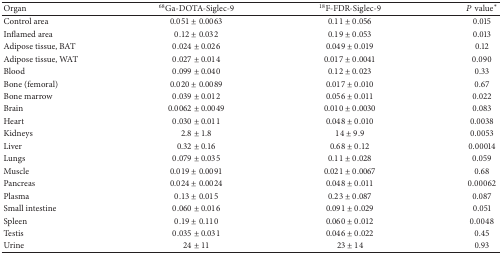
<table><thead><tr><td><b>Organ</b></td><td><b><sup>68</sup>Ga-DOTA-Siglec-9</b></td><td><b><sup>18</sup>F-FDR-Siglec-9</b></td><td><b><i>P</i>value<sup><i>∗</i></sup></b></td></tr></thead><tbody><tr><td>Control area</td><td>0.051 ± 0.0063</td><td>0.11 ± 0.056</td><td>0.015</td></tr><tr><td>Inflamed area</td><td>0.12 ± 0.032</td><td>0.19 ± 0.053</td><td>0.013</td></tr><tr><td>Adipose tissue, BAT</td><td>0.024 ± 0.026</td><td>0.049 ± 0.019</td><td>0.12</td></tr><tr><td>Adipose tissue, WAT</td><td>0.027 ± 0.014</td><td>0.017 ± 0.0041</td><td>0.090</td></tr><tr><td>Blood</td><td>0.099 ± 0.040</td><td>0.12 ± 0.023</td><td>0.33</td></tr><tr><td>Bone (femoral)</td><td>0.020 ± 0.0089</td><td>0.017 ± 0.010</td><td>0.67</td></tr><tr><td>Bone marrow</td><td>0.039 ± 0.012</td><td>0.056 ± 0.011</td><td>0.022</td></tr><tr><td>Brain</td><td>0.0062 ± 0.0049</td><td>0.010 ± 0.0030</td><td>0.083</td></tr><tr><td>Heart</td><td>0.030 ± 0.011</td><td>0.048 ± 0.010</td><td>0.0038</td></tr><tr><td>Kidneys</td><td>2.8 ± 1.8</td><td>14 ± 9.9</td><td>0.0053</td></tr><tr><td>Liver</td><td>0.32 ± 0.16</td><td>0.68 ± 0.12</td><td>0.00014</td></tr><tr><td>Lungs</td><td>0.079 ± 0.035</td><td>0.11 ± 0.028</td><td>0.059</td></tr><tr><td>Muscle</td><td>0.019 ± 0.0091</td><td>0.021 ± 0.0067</td><td>0.68</td></tr><tr><td>Pancreas</td><td>0.024 ± 0.0024</td><td>0.048 ± 0.011</td><td>0.00062</td></tr><tr><td>Plasma</td><td>0.13 ± 0.015</td><td>0.23 ± 0.087</td><td>0.087</td></tr><tr><td>Small intestine</td><td>0.060 ± 0.016</td><td>0.091 ± 0.029</td><td>0.051</td></tr><tr><td>Spleen</td><td>0.19 ± 0.110</td><td>0.060 ± 0.012</td><td>0.0048</td></tr><tr><td>Testis</td><td>0.035 ± 0.031</td><td>0.046 ± 0.022</td><td>0.45</td></tr><tr><td>Urine</td><td>24 ± 11</td><td>23 ± 14</td><td>0.93</td></tr></tbody></table>